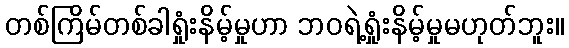
တစ်ကြိမ်တစ်ခါရှုံးနိမ့်မှုဟာ ဘဝရဲ့ရှုံးနိမ့်မှုမဟုတ်ဘူး။